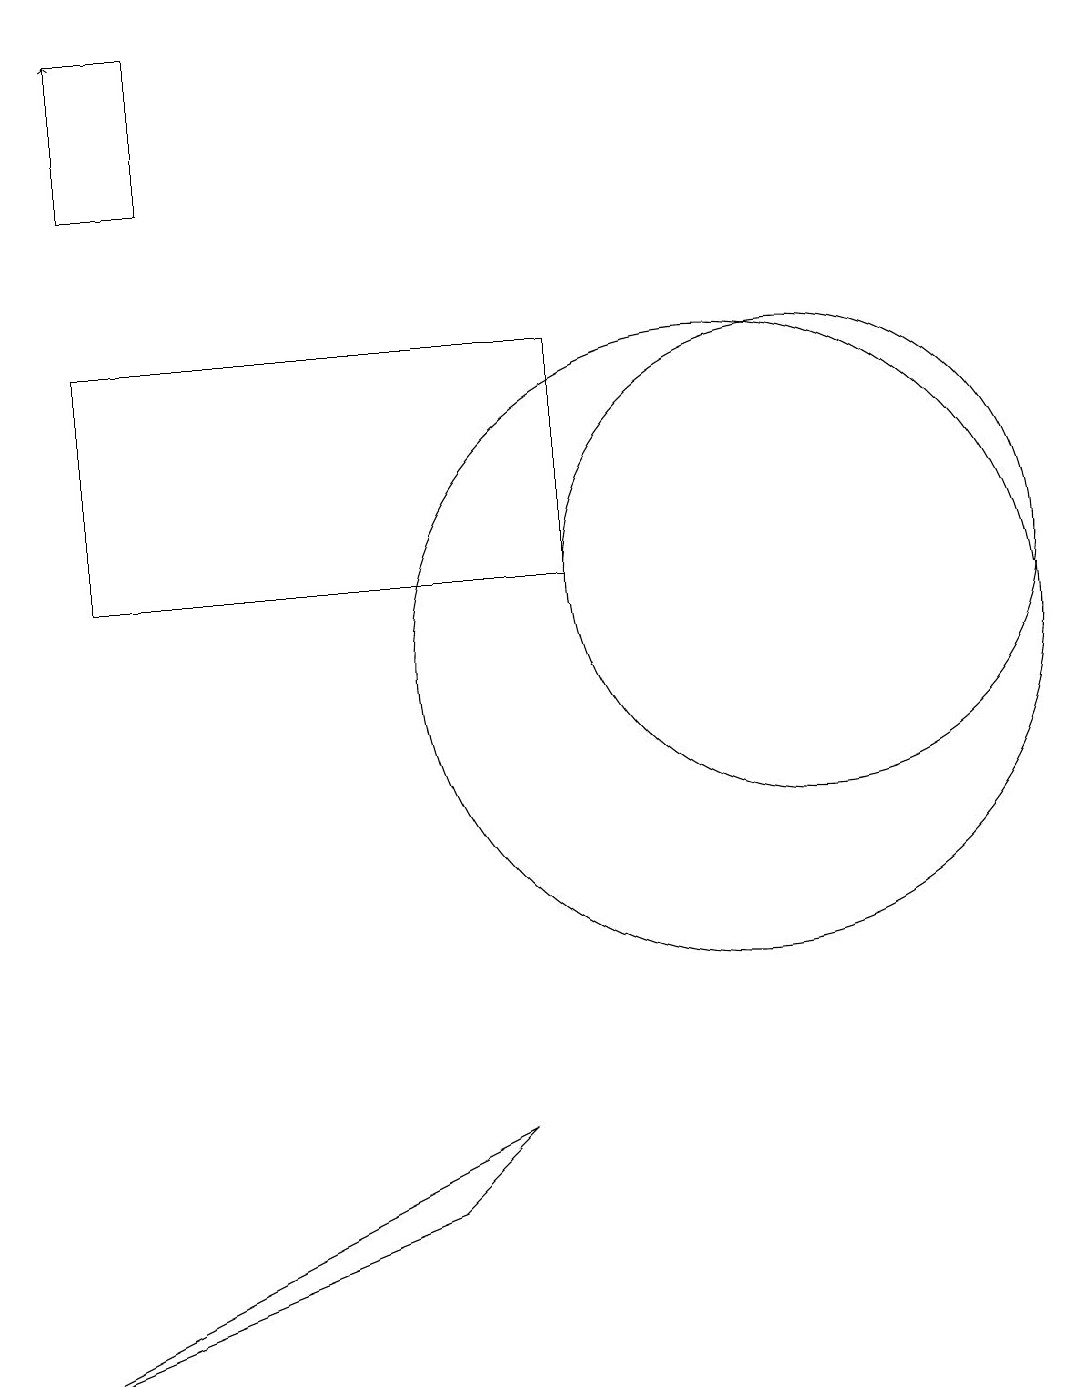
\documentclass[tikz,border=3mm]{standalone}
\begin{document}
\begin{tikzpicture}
\draw (11,10) circle (4);
\draw[->] (3,17) -- (3,18);
\draw (3,18) rectangle (4,16);
\draw (2,1) -- (8,4) -- (7,3) -- cycle;
\draw (12,11) circle (3);
\draw (9,14) rectangle (3,11);
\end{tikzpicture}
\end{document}